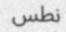
نطس